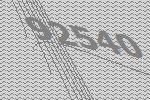
92540